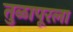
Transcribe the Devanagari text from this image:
तुळापूरला